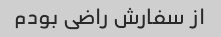
از سفارش راضی بودم